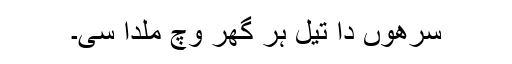
سرھوں دا تیل ہر گھر وچ ملدا سی۔